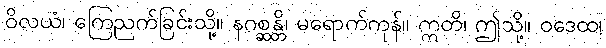
ဝိလယံ၊ ကြေညက်ခြင်းသို့။ နဂစ္ဆန္တိ၊ မရောက်ကုန်။ ဣတိ၊ ဤသို့။ ဝဒေထ၊